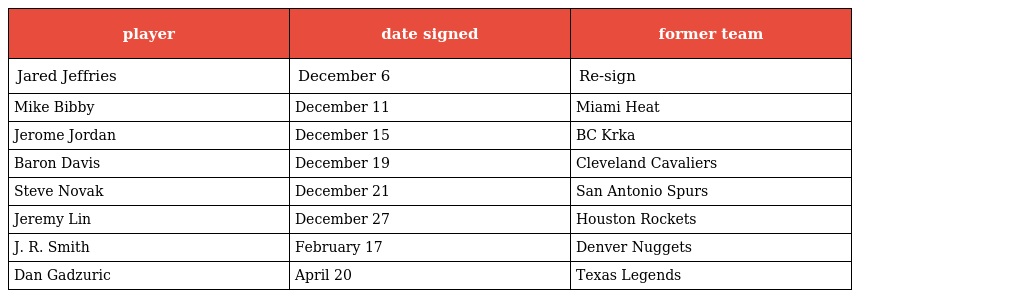
| player | date signed | former team |
 | --- | --- | --- |
 | Jared Jeffries | December 6 | Re-sign |
 | Mike Bibby | December 11 | Miami Heat |
 | Jerome Jordan | December 15 | BC Krka |
 | Baron Davis | December 19 | Cleveland Cavaliers |
 | Steve Novak | December 21 | San Antonio Spurs |
 | Jeremy Lin | December 27 | Houston Rockets |
 | J. R. Smith | February 17 | Denver Nuggets |
 | Dan Gadzuric | April 20 | Texas Legends |